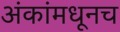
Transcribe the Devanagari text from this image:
अंकांमधूनच